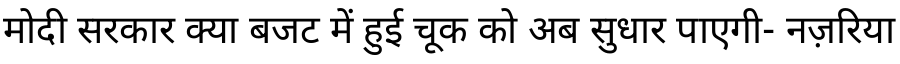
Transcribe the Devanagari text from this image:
मोदी सरकार क्या बजट में हुई चूक को अब सुधार पाएगी- नज़रिया